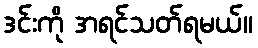
ဒင်းကို အရင်သတ်ရမယ်။